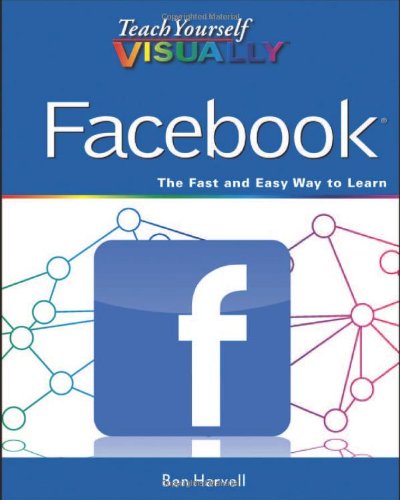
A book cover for Teach Yourself VISUALLY Facebook; Ben Harvell; Computers & Technology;